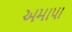
અમાપા